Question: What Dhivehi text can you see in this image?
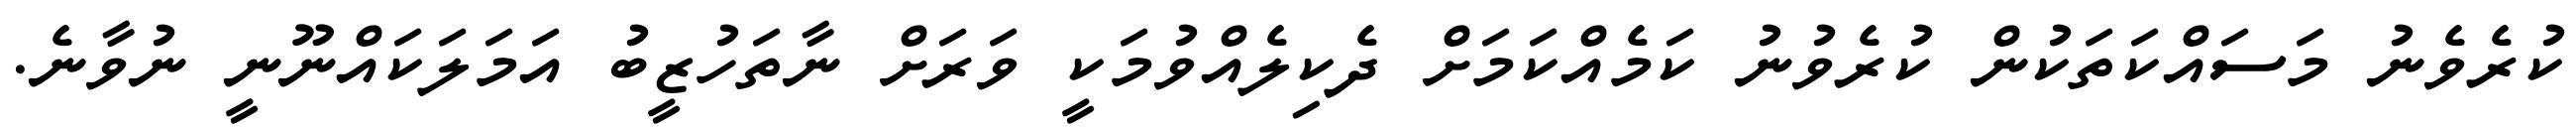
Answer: ކުރެވެނު މަސައްކަތަކުން ކުރެވުނު ކަމެއްކަމަށް ދެކިލެއްވުމަކީ ވަރަށް ނާތަހުޒީބު އަމަލަކައްނޫނީ ނުވާނެ.